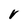
Character: V